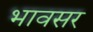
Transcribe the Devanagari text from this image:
भावसर